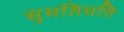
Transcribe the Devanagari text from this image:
सुमतिमति